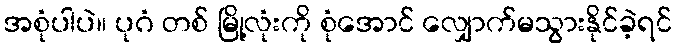
အစုံပါပဲ။ ပုဂံ တစ် မြို့လုံးကို စုံအောင် လျှောက်မသွားနိုင်ခဲ့ရင်